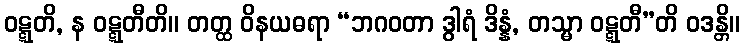
ဝဋ္ဋတိ, န ဝဋ္ဋတီတိ။ တတ္ထ ဝိနယဓရာ “ဘဂဝတာ ဒွါရံ ဒိန္နံ, တသ္မာ ဝဋ္ဋတီ”တိ ဝဒန္တိ။